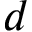
d